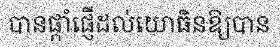
បានផ្តាំផ្ញើដល់យោធិនឱ្យបាន